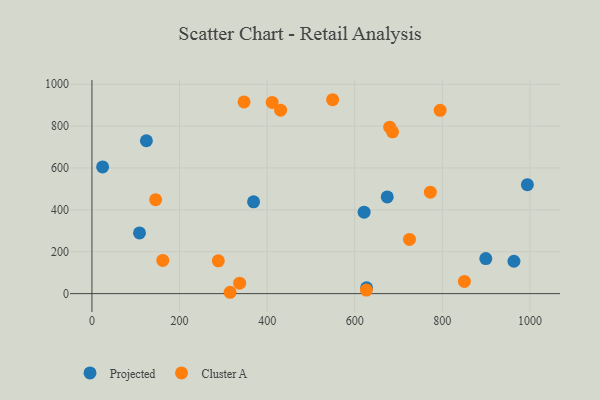
{"axis": {"x": "Study Hours", "y": "Salary"}, "legend": ["Cluster A", "Projected"], "data": [{"x": "369.0", "y": 438.3, "type": "Projected"}, {"x": "899.2", "y": 167.3, "type": "Projected"}, {"x": "627.0", "y": 28.0, "type": "Projected"}, {"x": "108.6", "y": 290.1, "type": "Projected"}, {"x": "674.2", "y": 462.0, "type": "Projected"}, {"x": "24.4", "y": 605.0, "type": "Projected"}, {"x": "994.1", "y": 520.3, "type": "Projected"}, {"x": "963.4", "y": 154.6, "type": "Projected"}, {"x": "124.3", "y": 730.2, "type": "Projected"}, {"x": "621.4", "y": 388.8, "type": "Projected"}, {"x": "679.8", "y": 795.0, "type": "Cluster A"}, {"x": "626.6", "y": 17.2, "type": "Cluster A"}, {"x": "337.2", "y": 49.8, "type": "Cluster A"}, {"x": "549.5", "y": 926.0, "type": "Cluster A"}, {"x": "850.3", "y": 58.5, "type": "Cluster A"}, {"x": "772.6", "y": 484.4, "type": "Cluster A"}, {"x": "161.7", "y": 158.7, "type": "Cluster A"}, {"x": "315.4", "y": 6.5, "type": "Cluster A"}, {"x": "145.4", "y": 448.7, "type": "Cluster A"}, {"x": "347.3", "y": 915.3, "type": "Cluster A"}, {"x": "288.5", "y": 156.7, "type": "Cluster A"}, {"x": "795.0", "y": 875.3, "type": "Cluster A"}, {"x": "686.3", "y": 772.7, "type": "Cluster A"}, {"x": "411.5", "y": 913.1, "type": "Cluster A"}, {"x": "724.9", "y": 258.7, "type": "Cluster A"}, {"x": "430.7", "y": 876.3, "type": "Cluster A"}]}